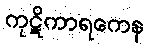
ကုဋိကာရကေန